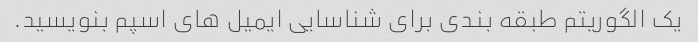
یک الگوریتم طبقه بندی برای شناسایی ایمیل های اسپم بنویسید.